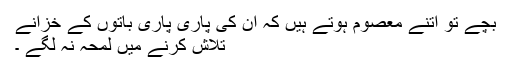
بچے تو اتنے معصوم ہوتے ہیں کہ ان کی پاری پاری باتوں کے خزانے
تلاش کرنے میں لمحہ نہ لگے ۔